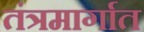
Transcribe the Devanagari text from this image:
तंत्रमार्गात